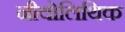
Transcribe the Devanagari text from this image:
नीयोलिथिक